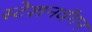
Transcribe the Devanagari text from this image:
स्टेशनवॅगन